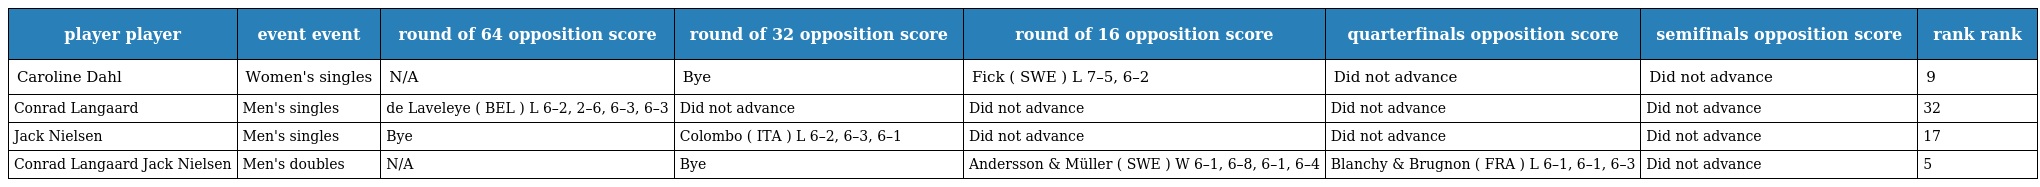
| player player | event event | round of 64 opposition score | round of 32 opposition score | round of 16 opposition score | quarterfinals opposition score | semifinals opposition score | rank rank |
 | --- | --- | --- | --- | --- | --- | --- | --- |
 | Caroline Dahl | Women's singles | N/A | Bye | Fick ( SWE ) L 7–5, 6–2 | Did not advance | Did not advance | 9 |
 | Conrad Langaard | Men's singles | de Laveleye ( BEL ) L 6–2, 2–6, 6–3, 6–3 | Did not advance | Did not advance | Did not advance | Did not advance | 32 |
 | Jack Nielsen | Men's singles | Bye | Colombo ( ITA ) L 6–2, 6–3, 6–1 | Did not advance | Did not advance | Did not advance | 17 |
 | Conrad Langaard Jack Nielsen | Men's doubles | N/A | Bye | Andersson & Müller ( SWE ) W 6–1, 6–8, 6–1, 6–4 | Blanchy & Brugnon ( FRA ) L 6–1, 6–1, 6–3 | Did not advance | 5 |